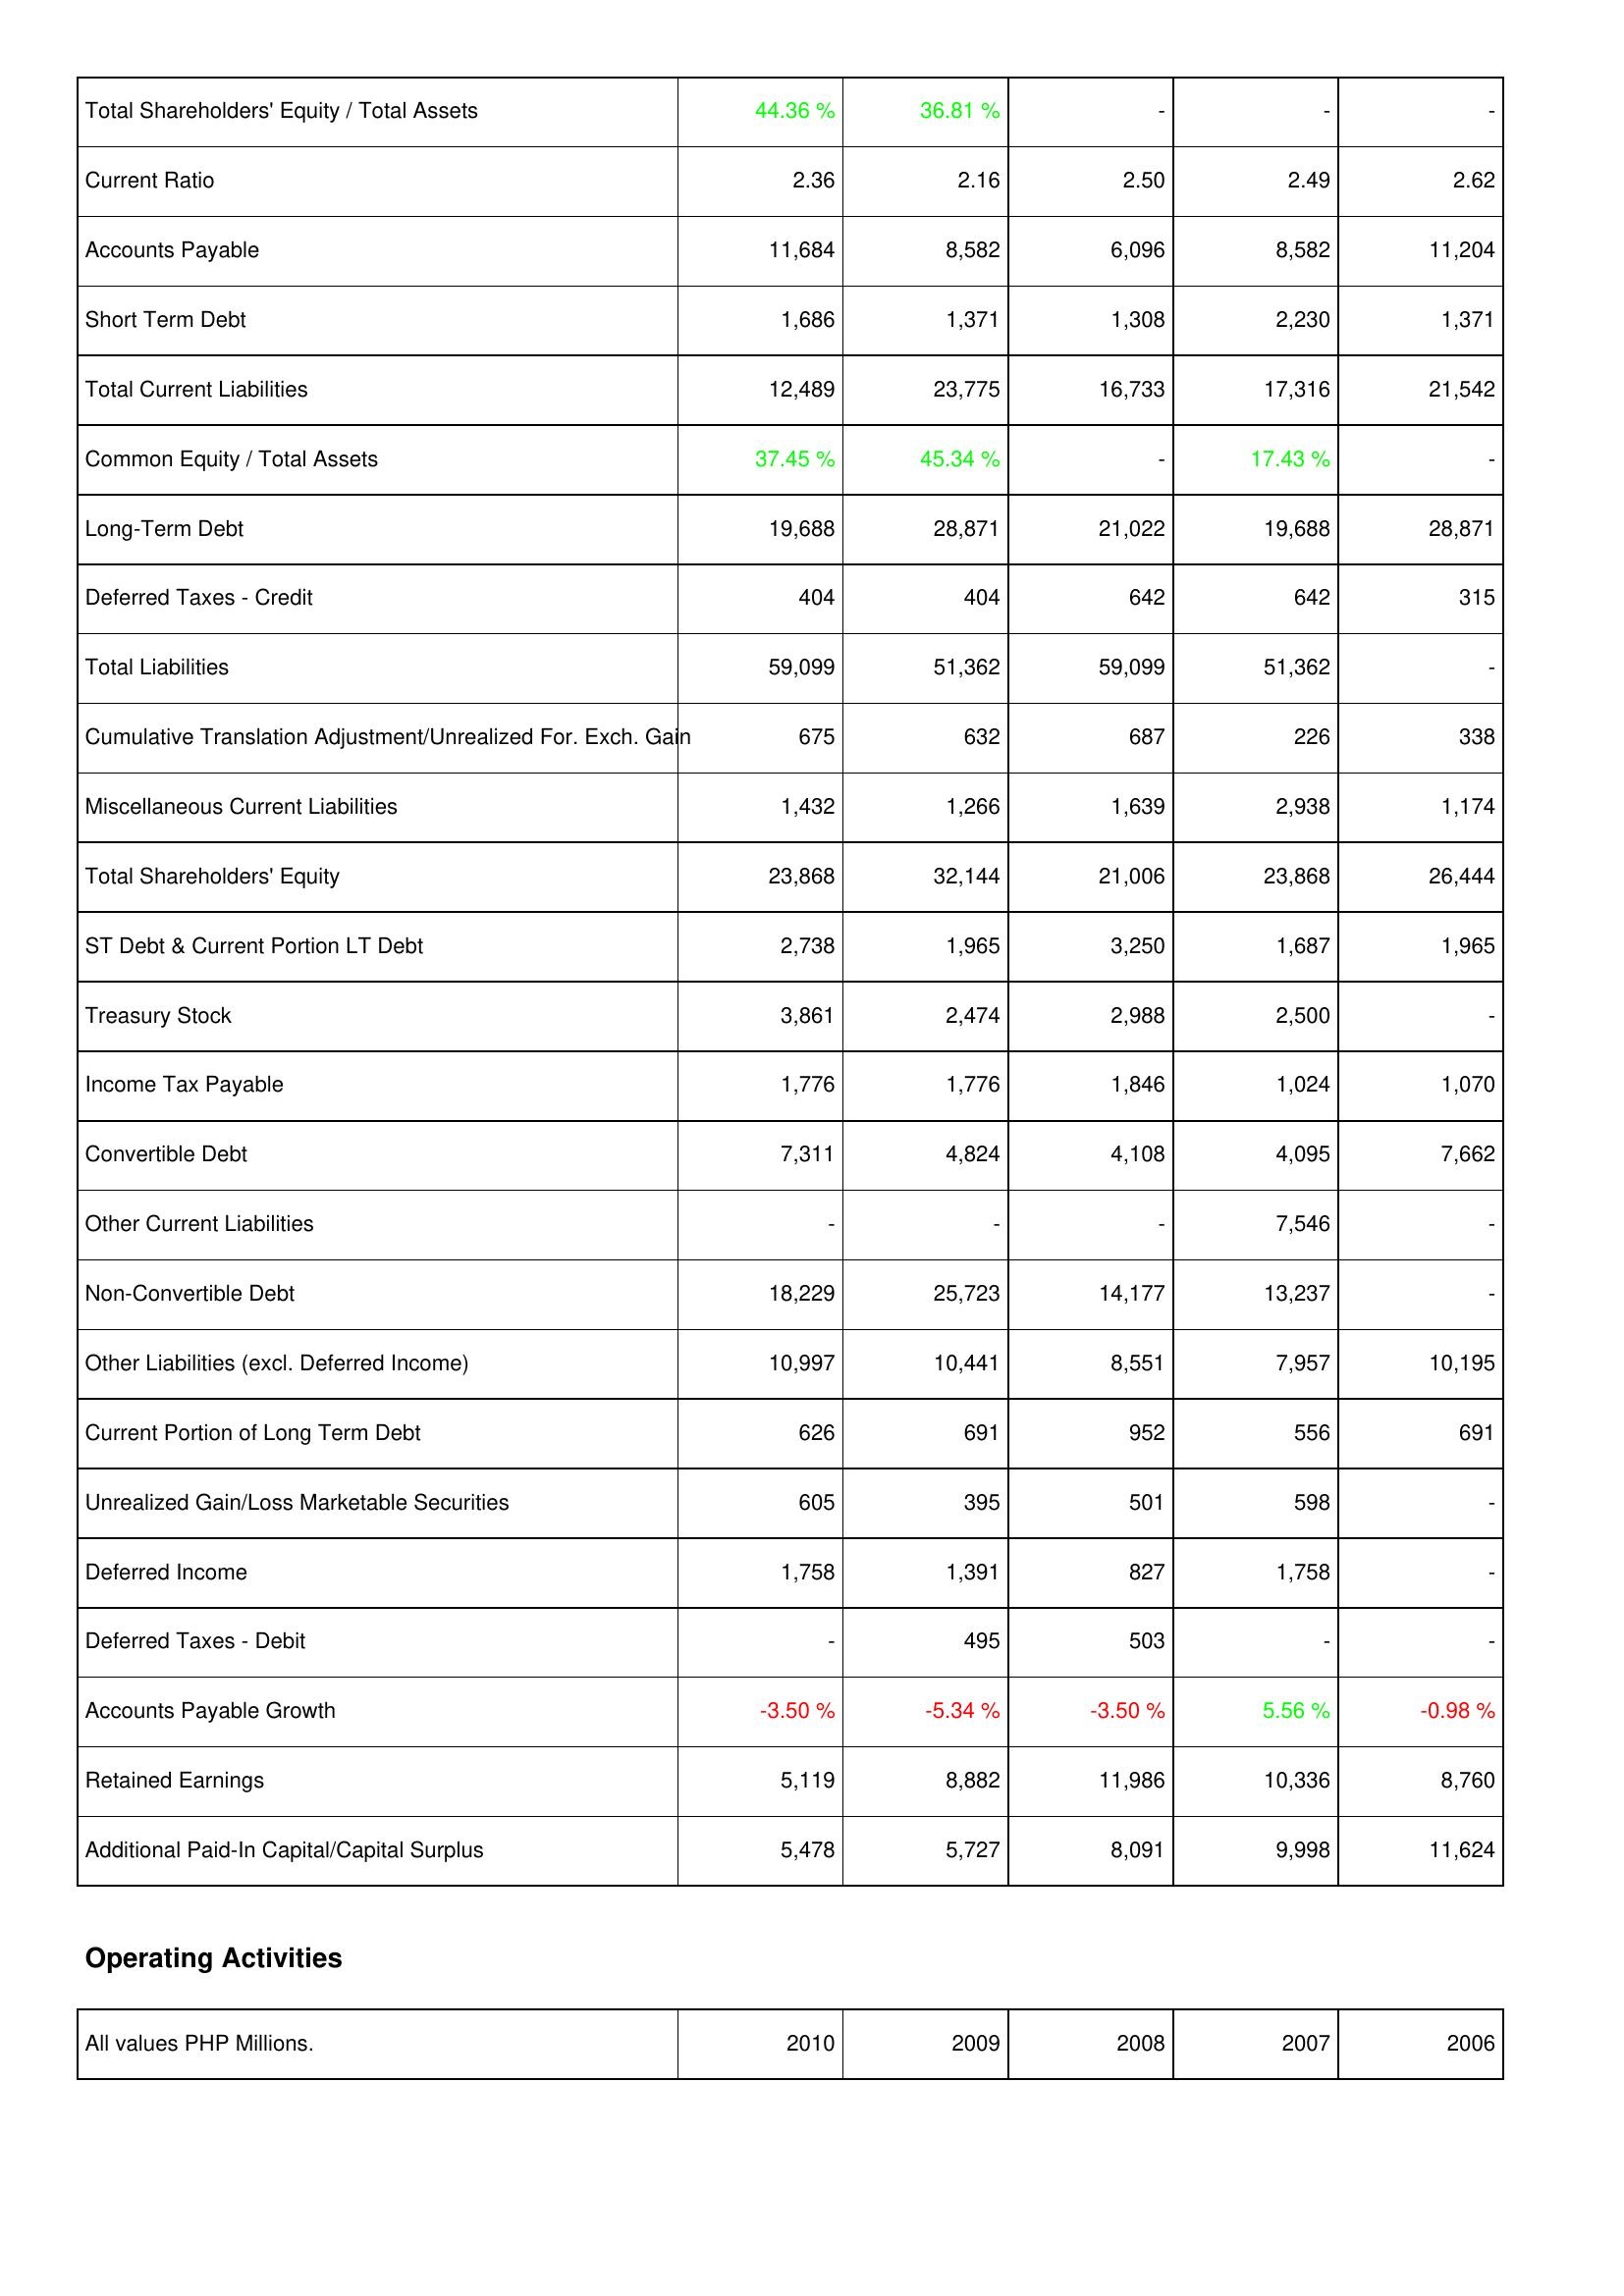
2010: Liabilities & Shareholders' Equity: Total Shareholders' Equity / Total Assets: 44.36 %
Current Ratio: 2.36
Accounts Payable: 11,684
Short Term Debt: 1,686
Total Current Liabilities: 12,489
Common Equity / Total Assets: 37.45 %
Long-Term Debt: 19,688
Deferred Taxes - Credit: 404
Total Liabilities: 59,099
Cumulative Translation Adjustment/Unrealized For. Exch. Gain: 675
Miscellaneous Current Liabilities: 1,432
Total Shareholders' Equity: 23,868
ST Debt & Current Portion LT Debt: 2,738
Treasury Stock: 3,861
Income Tax Payable: 1,776
Convertible Debt: 7,311
Other Current Liabilities: -
Non-Convertible Debt: 18,229
Other Liabilities (excl. Deferred Income): 10,997
Current Portion of Long Term Debt: 626
Unrealized Gain/Loss Marketable Securities: 605
Deferred Income: 1,758
Deferred Taxes - Debit: -
Accounts Payable Growth: -3.50 %
Retained Earnings: 5,119
Additional Paid-In Capital/Capital Surplus: 5,478
2009: Liabilities & Shareholders' Equity: Total Shareholders' Equity / Total Assets: 36.81 %
Current Ratio: 2.16
Accounts Payable: 8,582
Short Term Debt: 1,371
Total Current Liabilities: 23,775
Common Equity / Total Assets: 45.34 %
Long-Term Debt: 28,871
Deferred Taxes - Credit: 404
Total Liabilities: 51,362
Cumulative Translation Adjustment/Unrealized For. Exch. Gain: 632
Miscellaneous Current Liabilities: 1,266
Total Shareholders' Equity: 32,144
ST Debt & Current Portion LT Debt: 1,965
Treasury Stock: 2,474
Income Tax Payable: 1,776
Convertible Debt: 4,824
Other Current Liabilities: -
Non-Convertible Debt: 25,723
Other Liabilities (excl. Deferred Income): 10,441
Current Portion of Long Term Debt: 691
Unrealized Gain/Loss Marketable Securities: 395
Deferred Income: 1,391
Deferred Taxes - Debit: 495
Accounts Payable Growth: -5.34 %
Retained Earnings: 8,882
Additional Paid-In Capital/Capital Surplus: 5,727
2008: Liabilities & Shareholders' Equity: Total Shareholders' Equity / Total Assets: -
Current Ratio: 2.50
Accounts Payable: 6,096
Short Term Debt: 1,308
Total Current Liabilities: 16,733
Common Equity / Total Assets: -
Long-Term Debt: 21,022
Deferred Taxes - Credit: 642
Total Liabilities: 59,099
Cumulative Translation Adjustment/Unrealized For. Exch. Gain: 687
Miscellaneous Current Liabilities: 1,639
Total Shareholders' Equity: 21,006
ST Debt & Current Portion LT Debt: 3,250
Treasury Stock: 2,988
Income Tax Payable: 1,846
Convertible Debt: 4,108
Other Current Liabilities: -
Non-Convertible Debt: 14,177
Other Liabilities (excl. Deferred Income): 8,551
Current Portion of Long Term Debt: 952
Unrealized Gain/Loss Marketable Securities: 501
Deferred Income: 827
Deferred Taxes - Debit: 503
Accounts Payable Growth: -3.50 %
Retained Earnings: 11,986
Additional Paid-In Capital/Capital Surplus: 8,091
2007: Liabilities & Shareholders' Equity: Total Shareholders' Equity / Total Assets: -
Current Ratio: 2.49
Accounts Payable: 8,582
Short Term Debt: 2,230
Total Current Liabilities: 17,316
Common Equity / Total Assets: 17.43 %
Long-Term Debt: 19,688
Deferred Taxes - Credit: 642
Total Liabilities: 51,362
Cumulative Translation Adjustment/Unrealized For. Exch. Gain: 226
Miscellaneous Current Liabilities: 2,938
Total Shareholders' Equity: 23,868
ST Debt & Current Portion LT Debt: 1,687
Treasury Stock: 2,500
Income Tax Payable: 1,024
Convertible Debt: 4,095
Other Current Liabilities: 7,546
Non-Convertible Debt: 13,237
Other Liabilities (excl. Deferred Income): 7,957
Current Portion of Long Term Debt: 556
Unrealized Gain/Loss Marketable Securities: 598
Deferred Income: 1,758
Deferred Taxes - Debit: -
Accounts Payable Growth: 5.56 %
Retained Earnings: 10,336
Additional Paid-In Capital/Capital Surplus: 9,998
2006: Liabilities & Shareholders' Equity: Total Shareholders' Equity / Total Assets: -
Current Ratio: 2.62
Accounts Payable: 11,204
Short Term Debt: 1,371
Total Current Liabilities: 21,542
Common Equity / Total Assets: -
Long-Term Debt: 28,871
Deferred Taxes - Credit: 315
Total Liabilities: -
Cumulative Translation Adjustment/Unrealized For. Exch. Gain: 338
Miscellaneous Current Liabilities: 1,174
Total Shareholders' Equity: 26,444
ST Debt & Current Portion LT Debt: 1,965
Treasury Stock: -
Income Tax Payable: 1,070
Convertible Debt: 7,662
Other Current Liabilities: -
Non-Convertible Debt: -
Other Liabilities (excl. Deferred Income): 10,195
Current Portion of Long Term Debt: 691
Unrealized Gain/Loss Marketable Securities: -
Deferred Income: -
Deferred Taxes - Debit: -
Accounts Payable Growth: -0.98 %
Retained Earnings: 8,760
Additional Paid-In Capital/Capital Surplus: 11,624